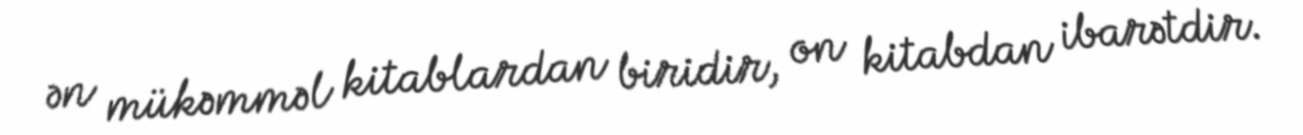
ən mükəmməl kitablardan biridir, on kitabdan ibarətdir.